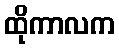
ထိုကာလက